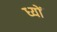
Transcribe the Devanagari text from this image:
ध्यों